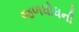
જળધોધની